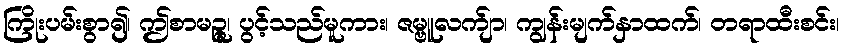
ကြိုးပမ်းစွာ၍၊ ဤစာမဉ္ဇူ၊ ပွင့်သည်မူကား၊ ဇမ္ဗူလက်ျာ၊ ကျွန်းမျက်နှာထက်၊ တရာထီးစင်း၊